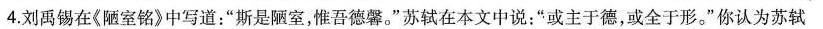
4.刘禹锡在《陋室铭》中写道：”斯是陋室，惟吾德馨。”苏轼在本文中说：”或主于德，或全于形。”你认为苏轼